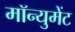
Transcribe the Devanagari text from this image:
मॉन्युमेंट